255_413270_UFO's_and_Defense_What_Should_we_Prepare_For
Agency: NASA
Page 18
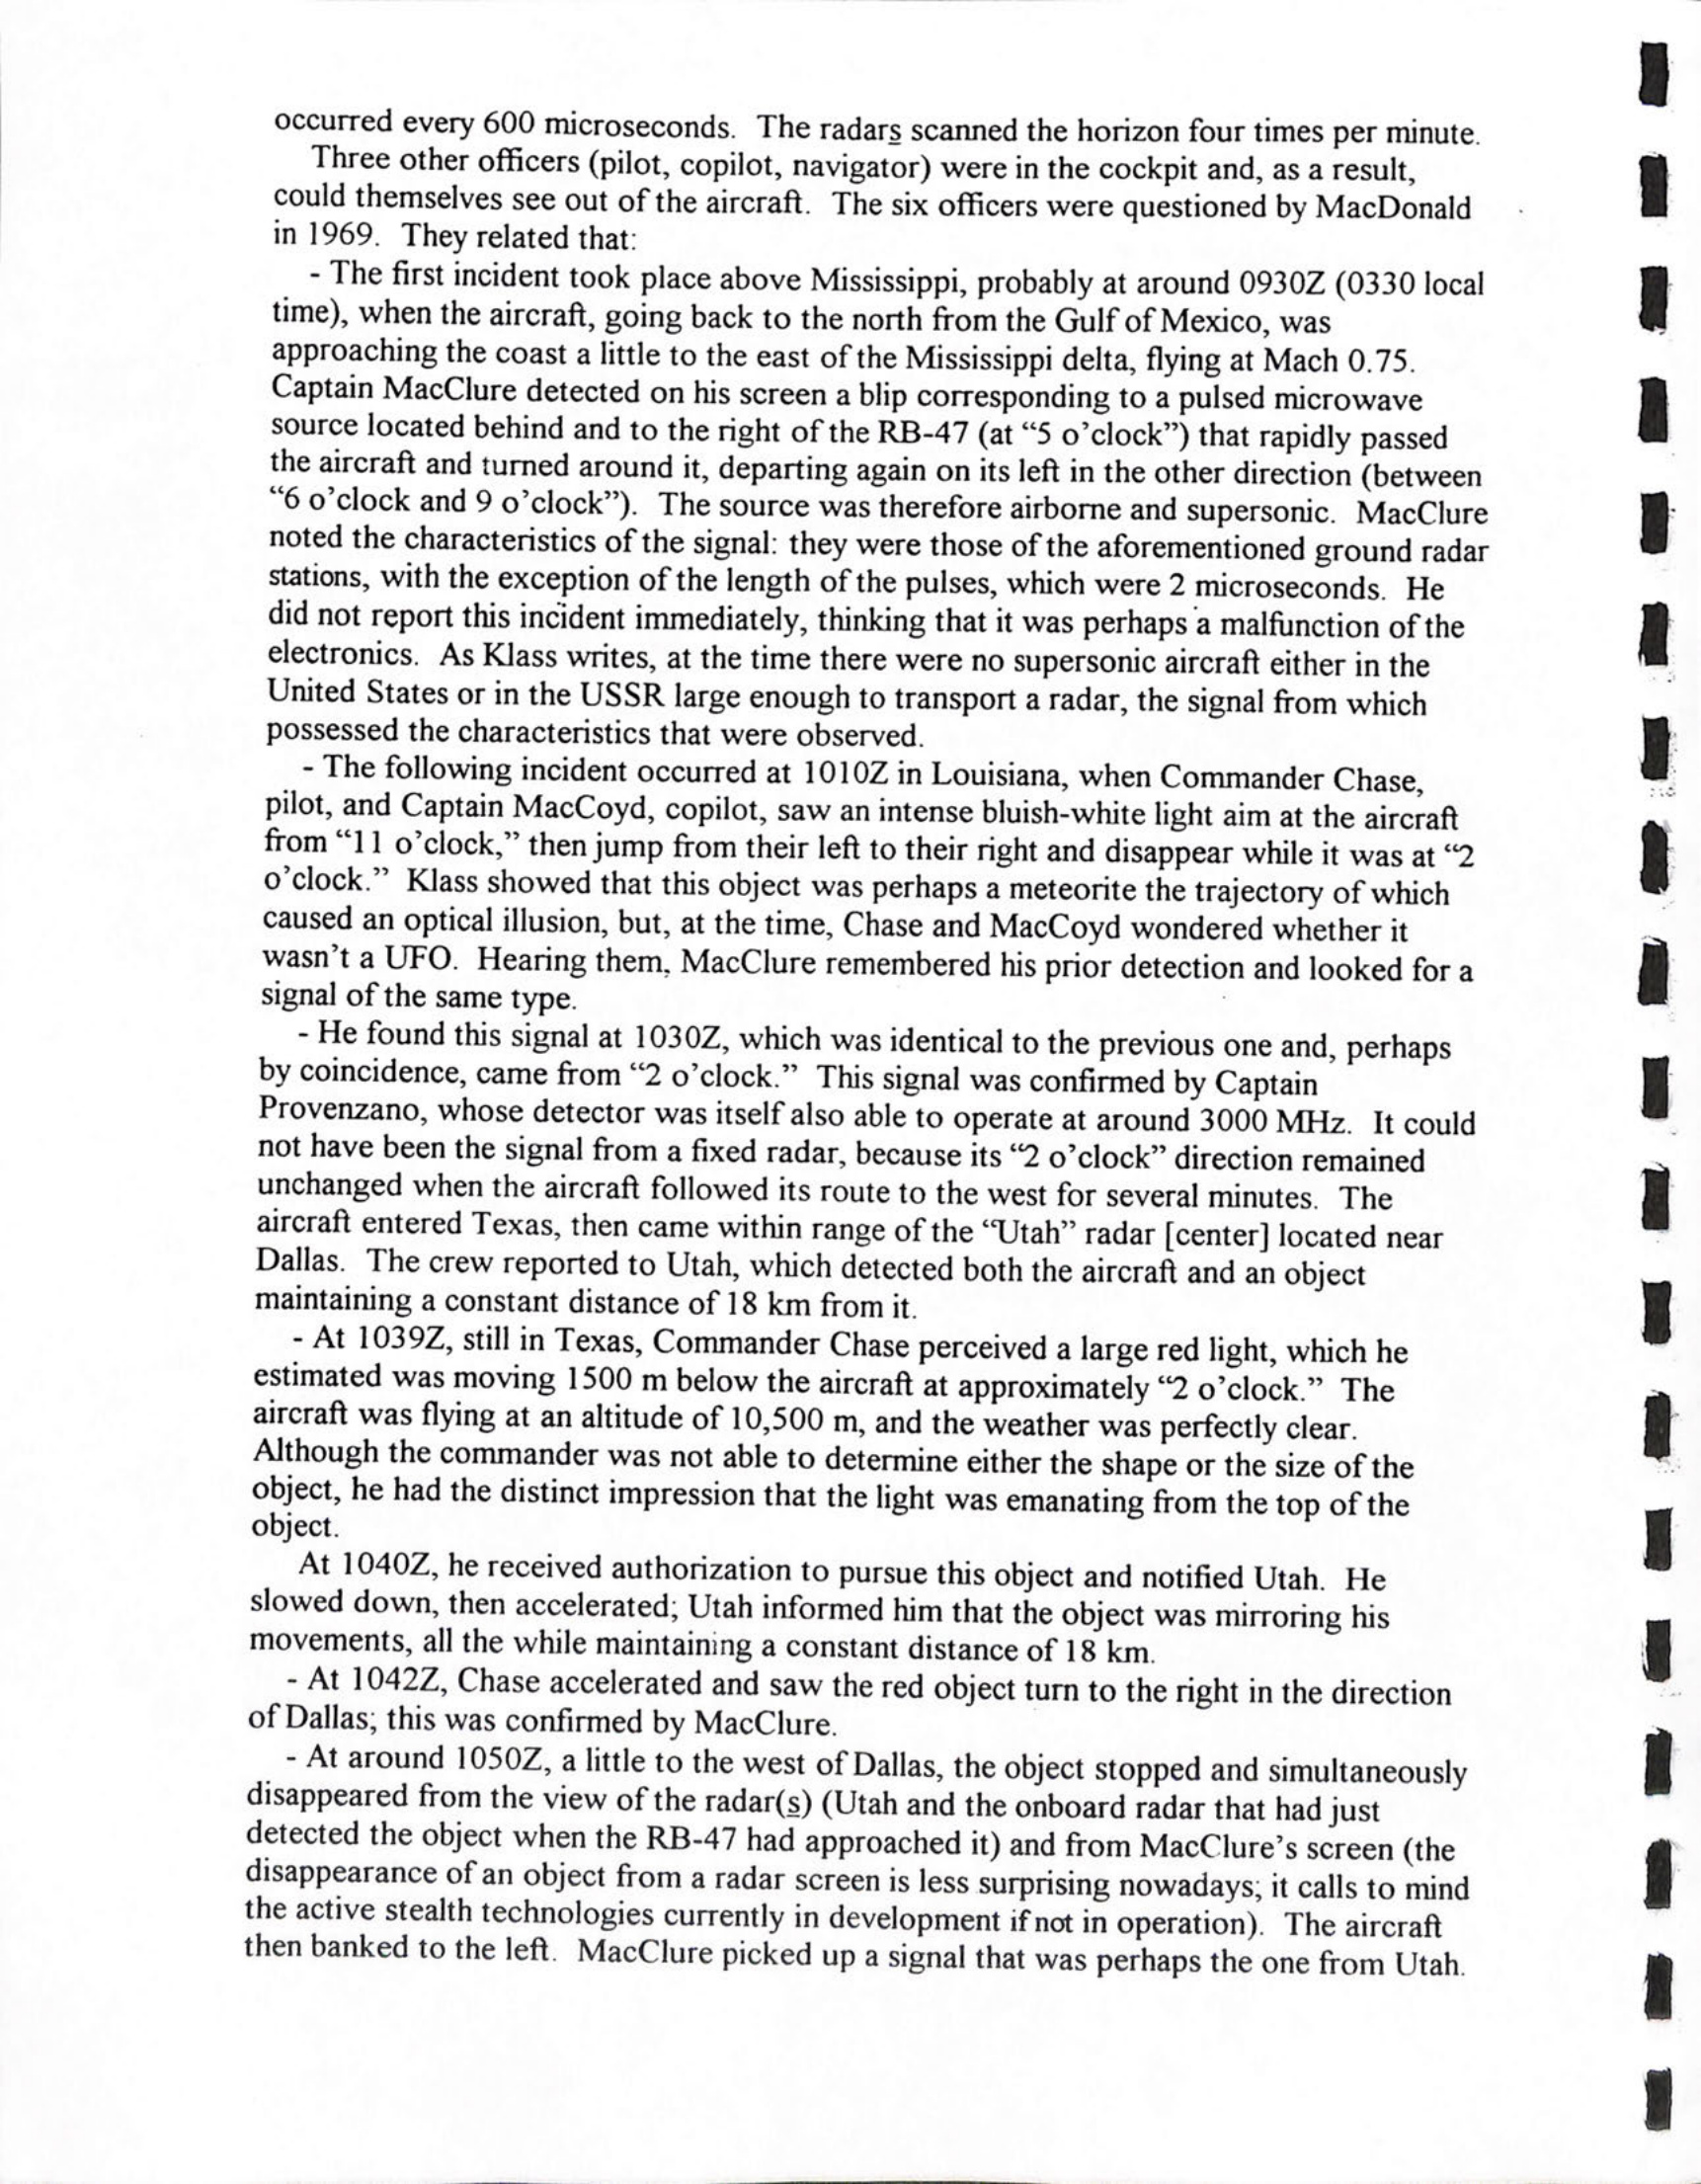